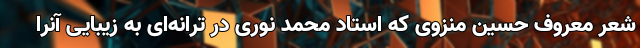
شعر معروف حسین منزوی که استاد محمد نوری در ترانه‌ای به زیبایی آنرا